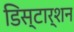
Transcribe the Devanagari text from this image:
डिस्टार्शन